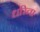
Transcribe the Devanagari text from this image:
धरिता